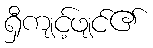
ရှီကျင့်ဖျင်၏